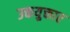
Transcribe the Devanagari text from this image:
उक्तयुक्तार